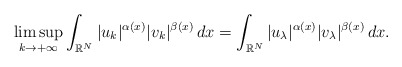
\begin{align*} \limsup_{k \to +\infty }\int_{\mathbb{R}^{N}}|u_k|^{\alpha(x)}|v_k|^{\beta(x)} \,dx = \int_{\mathbb{R}^{N}} |u_{\lambda}|^{\alpha(x)}|v_{\lambda}|^{\beta(x)}\,dx. \end{align*}